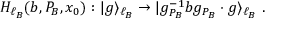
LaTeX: H _ { \ell _ { B } } ( b , P _ { B } , x _ { 0 } ) : | g \rangle _ { \ell _ { B } } \to | g _ { P _ { B } } ^ { - 1 } b g _ { P _ { B } } \cdot g \rangle _ { \ell _ { B } } ~ .